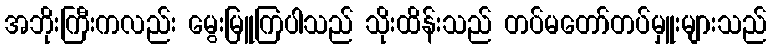
အဘိုးကြီးကလည်း မွေးမြူကြပါသည် သိုးထိန်းသည် တပ်မတော်တပ်မှူးများသည်